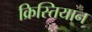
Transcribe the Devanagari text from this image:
क्रिस्तियान